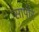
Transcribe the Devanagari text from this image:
सापोर